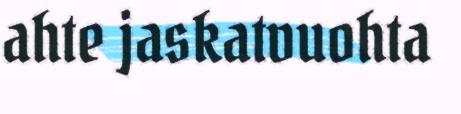
ahte jaskatvuohta